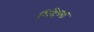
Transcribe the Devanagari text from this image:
शिंदेच्या